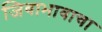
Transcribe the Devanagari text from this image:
जिवाभावाचा